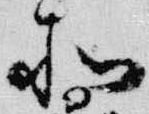
所